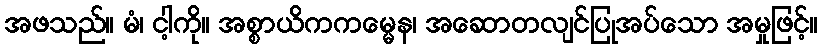
အဖသည်။ မံ၊ ငါ့ကို။ အစ္စာယိကကမ္မေန၊ အဆောတလျင်ပြုအပ်သော အမှုဖြင့်။